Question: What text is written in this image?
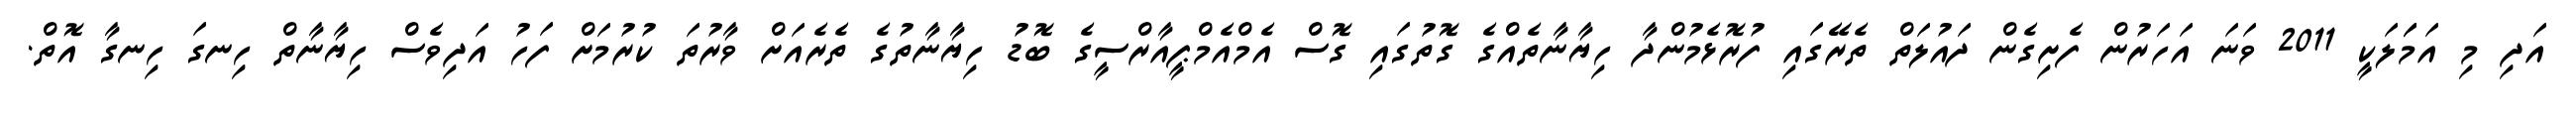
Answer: އަދި މި އަމަަލަކީ 2011 ވަނަ އަހަރުން ފެށިގެން ދައުލަތް ތެރޭގައި ފުރޮޅެމުންދާ ހިޔާނާތެއްގެ ގޮތުގައި ގޮސް އެމްއެމްޕީއާރްސީގެ ބޮޑު ހިޔާނާތުގެ ތެރެއަށް ވާރުތަ ކުރުމަށް ފަހު އަދިވެސް ހިޔާނާތް ހިނގަ ހިނގާ އޮތް.